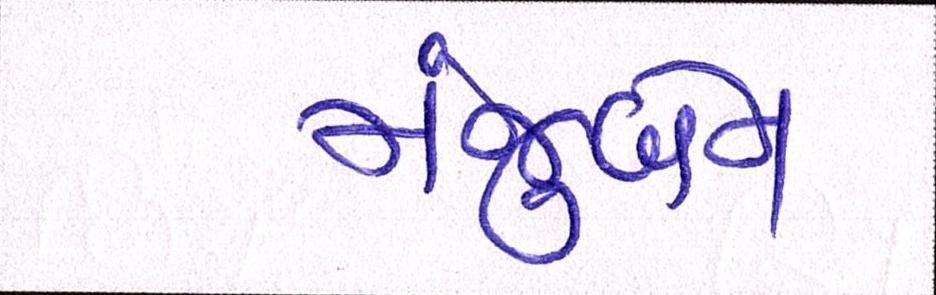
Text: મંજુબેન